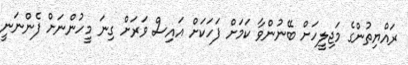
ރައްޔިތުންގެ މަޖިލީހަށް ބޭނުންވާ ކަމަށް ފަހަކަށް އައިސް ވަރަށް ގިނަ މީހުންނަށް ފެންނަނީ